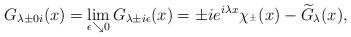
LaTeX: \begin{align*}G_{\lambda\pm 0 i} (x)= \lim_{\epsilon\searrow 0}G_{\lambda \pm i\epsilon}(x)= \pm i e^{i \lambda x}\chi_{\real^{\pm}}(x) -\widetilde{G}_{\lambda}(x) ,\end{align*}